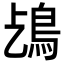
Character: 𩾤